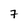
Character: 7